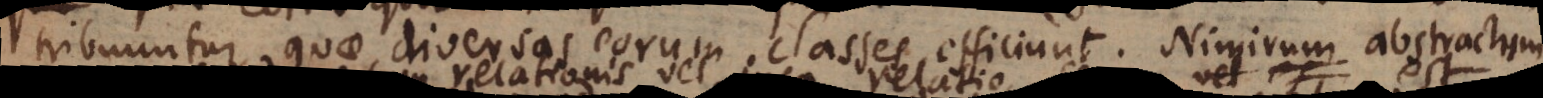
tribuuntur, quae diversas eorum classes efficiunt. Nimirum abstractum